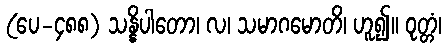
(ပေ-၄၈၈) သန္နိပါတော၊ လ၊ သမာဂမောတိ၊ ဟူ၍။ ဝုတ္တံ၊